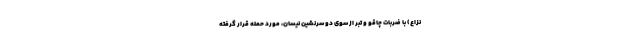
نزاع) با ضربات چاقو و تبر از سوی دو سرنشین نیسان، مورد حمله قرار گرفته